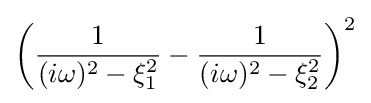
\left({\frac {1}{(i\omega )^{2}-\xi _{1}^{2}}}-{\frac {1}{(i\omega )^{2}-\xi _{2}^{2}}}\right)^{2}